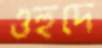
ওহুদে